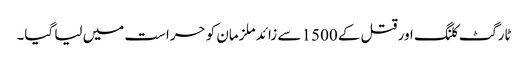
ٹارگٹ کلنگ اور قتل کے 1500 سے زائد ملزمان کو حراست میں لیا گیا۔